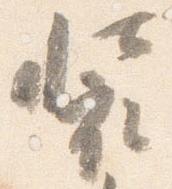
装